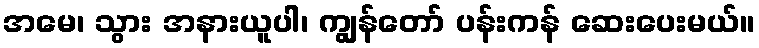
အမေ၊ သွား အနားယူပါ၊ ကျွန်တော် ပန်းကန် ဆေးပေးမယ်။